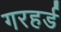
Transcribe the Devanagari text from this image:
गरहर्ड